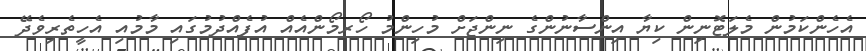
އެހެންކަމުން މެލަޓޮނިން ކިޔާ އިންސާނުންގެ ނިންޖަށް މުހިންމު ހޯރމޯންއެއް އުފެއްދުމުގައި މާމުއި އެހީތެރިވެދޭ